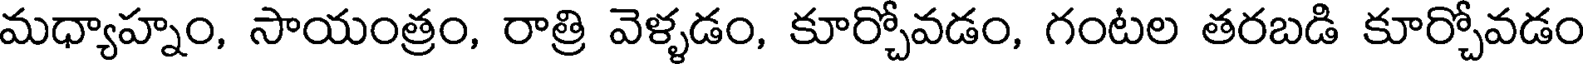
మధ్యాహ్నం, సాయంత్రం, రాత్రి వెళ్ళడం, కూర్చోవడం, గంటల తరబడి కూర్చోవడం